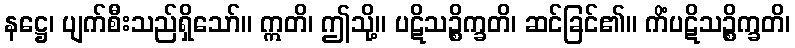
နဋ္ဌေ၊ ပျက်စီးသည်ရှိသော်။ ဣတိ၊ ဤသို့။ ပဋိသဉ္စိက္ခတိ၊ ဆင်ခြင်၏။ ကိံပဋိသဉ္စိက္ခတိ၊